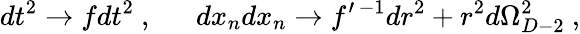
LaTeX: dt^{2}\to fdt^{2}\ ,\ \ \ \ \ \ dx_{n}dx_{n}\to f^{\prime\, -1}dr^{2}+r^{2}d\Omega_{D-2}^{2}\ ,